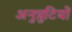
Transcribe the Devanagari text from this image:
अनुत्रुटियों